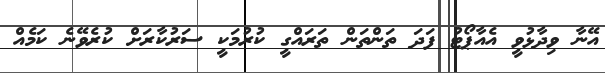
އޭނާ ވިދާޅުވީ އެއާޕޯޓު ފަދަ ތަންތަން ތަރައްގީ ކުރުމަކީ ސަރުކާރަށް ކުރެވޭނެ ކަމެއް